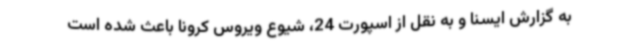
به گزارش ایسنا و به نقل از اسپورت 24، شیوع ویروس کرونا باعث شده است